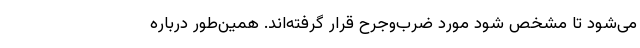
می‌شود تا مشخص شود مورد ضرب‌و‌جرح قرار گرفته‌اند. همین‌طور درباره